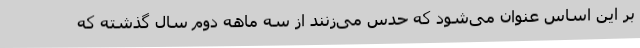
بر این اساس عنوان می‌شود که حدس می‌زنند از سه ماهه دوم سال گذشته که